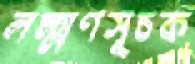
লক্ষ্মণসূচক